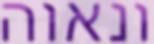
ונאוה